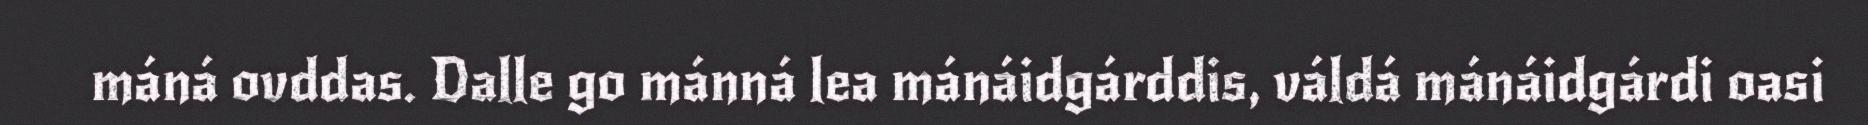
máná ovddas. Dalle go mánná lea mánáidgárddis, váldá mánáidgárdi oasi